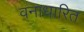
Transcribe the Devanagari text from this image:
वनाधारित